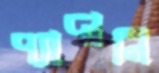
প্যাদানি